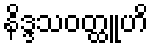
နိဒ္ဒသဝတ္ထူဟိ